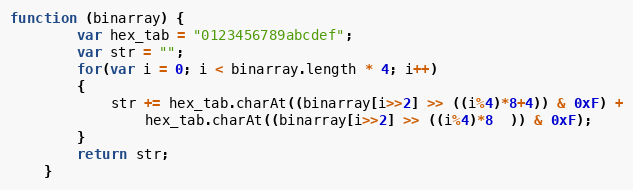
Language: JavaScript
function (binarray) {
        var hex_tab = "0123456789abcdef";
        var str = "";
        for(var i = 0; i < binarray.length * 4; i++)
        {
            str += hex_tab.charAt((binarray[i>>2] >> ((i%4)*8+4)) & 0xF) +
                hex_tab.charAt((binarray[i>>2] >> ((i%4)*8  )) & 0xF);
        }
        return str;
    }